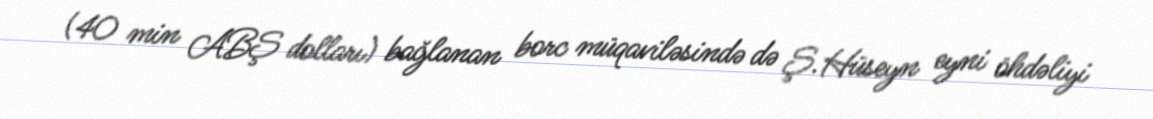
(40 min ABŞ dolları) bağlanan borc müqaviləsində də Ş.Hüseyn eyni öhdəliyi